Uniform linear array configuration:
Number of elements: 4
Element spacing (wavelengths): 1
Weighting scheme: kaiser
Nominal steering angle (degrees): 15
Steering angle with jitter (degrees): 13.601
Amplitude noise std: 0.05
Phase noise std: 0.05

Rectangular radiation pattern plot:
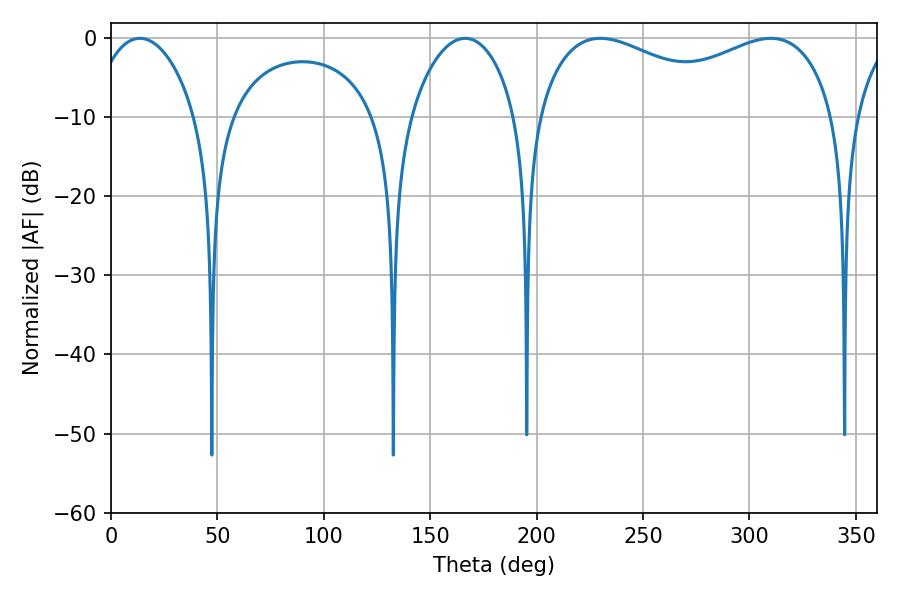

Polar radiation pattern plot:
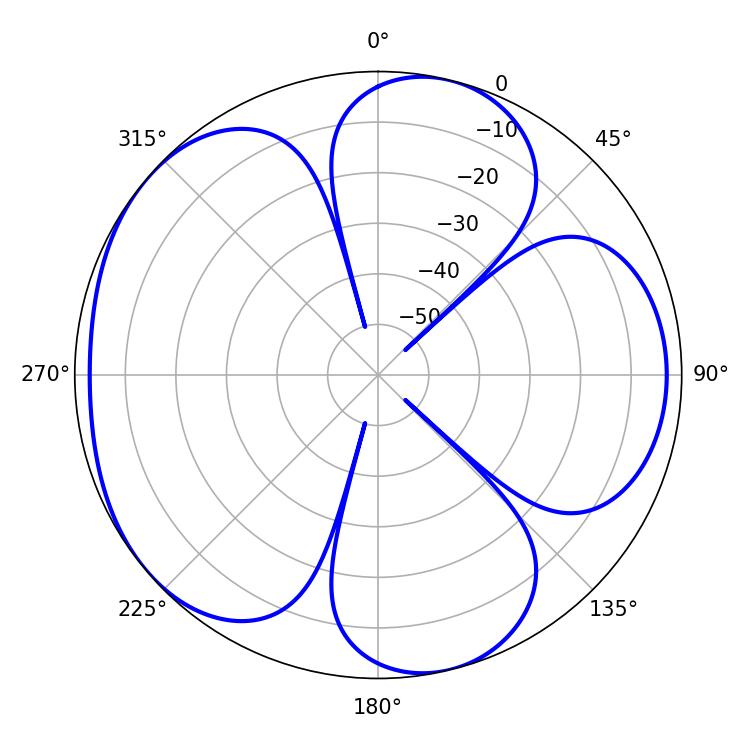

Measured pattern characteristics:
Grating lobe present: TRUE
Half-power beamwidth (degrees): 115.92
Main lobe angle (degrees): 229.86